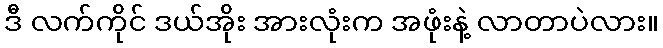
ဒီ လက်ကိုင် ဒယ်အိုး အားလုံးက အဖုံးနဲ့ လာတာပဲလား။